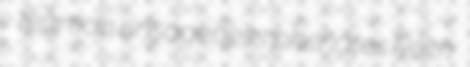
teaman unsageness phenates Reith